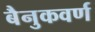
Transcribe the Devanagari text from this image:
बैनुकवर्ण